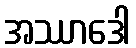
အဿာဒေါ